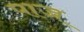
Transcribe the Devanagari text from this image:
पाज